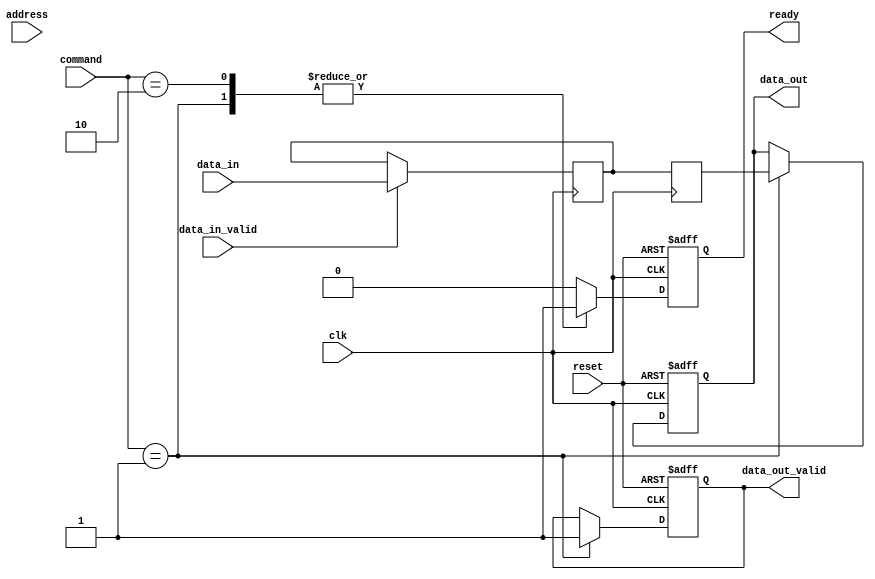
module IO_Block (
    input wire clk,
    input wire reset,
    input wire [7:0] data_in,          // Input data from external controller
    input wire data_in_valid,          // Valid signal for input data
    input wire [7:0] command,           // Command from memory controller
    input wire [15:0] address,          // Address for read/write operations
    output reg [7:0] data_out,          // Output data to external controller
    output reg data_out_valid,          // Valid signal for output data
    output reg ready                    // Ready signal for the controller
);

// Internal signals
reg [7:0] data_latch;                 // Data latch for input
reg [7:0] serialized_data;            // Serialized data
reg [7:0] deserialized_data;          // Deserialized data
reg [7:0] ecc_data;                   // Data for ECC
reg [7:0] parity_bit;                 // Parity bit
reg command_decode;                   // Command decode signal
reg [15:0] address_latch;             // Address latch

// Power management signals
reg power_gate;                       // Power gating control
reg voltage_regulator;                // Voltage regulation control

// Timing control
always @(posedge clk or posedge reset) begin
    if (reset) begin
        data_out <= 8'b0;
        data_out_valid <= 1'b0;
        ready <= 1'b0;
        data_latch <= 8'b0;
        command_decode <= 1'b0;
        address_latch <= 16'b0;
        power_gate <= 1'b1; // Power on
        voltage_regulator <= 1'b1; // Voltage on
    end else begin
        // Power management logic
        if (!data_in_valid) begin
            power_gate <= 1'b0; // Power off during idle
        end else begin
            power_gate <= 1'b1; // Power on during active
        end

        // Command decoding
        case (command)
            8'b00000001: begin // Read command
                command_decode <= 1'b1;
                address_latch <= address;
                // Read operation logic (simplified)
                data_out <= deserialized_data; // Assume data is ready
                data_out_valid <= 1'b1;
                ready <= 1'b1;
            end
            8'b00000010: begin // Write command
                command_decode <= 1'b1;
                address_latch <= address;
                // Write operation logic (simplified)
                data_latch <= data_in; // Capture data
                // Serialize and send to memory (not shown)
                ready <= 1'b1;
            end
            default: begin
                command_decode <= 1'b0;
                ready <= 1'b0;
            end
        endcase
        
        // ECC and Parity Logic (simplified)
        ecc_data <= data_latch; // Assume ECC is calculated here
        parity_bit <= ^data_latch; // Simple parity calculation
    end
end

// Data serialization (simplified)
always @(posedge clk) begin
    if (data_in_valid) begin
        serialized_data <= data_in; // Assume simple direct serialization
    end
end

// Data deserialization (simplified)
always @(posedge clk) begin
    deserialized_data <= serialized_data; // Assume simple direct deserialization
end

endmodule